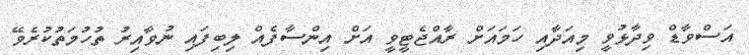
އަސްވާޑް ވިދާޅުވީ މިއަދާއި ހަމައަށް ރާއްޖެޓީވީ އަށް އިންސާފެއް ލިބިފައި ނުވާއިރު ތުހުމަތުކުރެވޭ